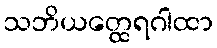
သဘိယတ္ထေရဂါထာ